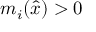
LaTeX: m _ { i } ( { \hat { x } } ) > 0